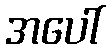
အပေါ်